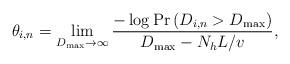
LaTeX: \begin{align*} \setlength{\abovedisplayskip}{4 pt}\setlength{\belowdisplayskip}{4 pt} \theta_{i,n} = \mathop {\lim }\limits_{{D_{\max }} \to \infty } \frac{{-\log \Pr\left( {D_{i,n} > {D_{\max }}} \right)}}{{{D_{\max }} - {{{N_h}L} \mathord{\left/ {\vphantom {{{N_h}L} v}} \right. \kern-\nulldelimiterspace} v}}},\end{align*}